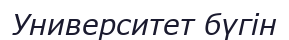
Университет бүгін